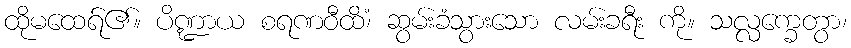
ထိုမထေရ်၏။ ပိဏ္ဍာယ စရဏဝီထိံ၊ ဆွမ်းခံသွားသော လမ်းခရီး ကို။ သလ္လက္ခေတွာ၊